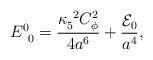
LaTeX: \begin{align*}E^0_{~0} = {\kappa_5^{~2}C_\phi^2 \over 4 a^6} + {{\cal E}_0 \over a^4},\end{align*}